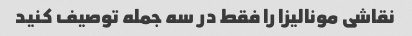
نقاشی مونالیزا را فقط در سه جمله توصیف کنید